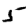
Digit: 5